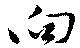
向